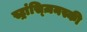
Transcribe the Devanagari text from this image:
स्ट्रांस्ज़िनस्की